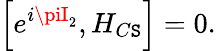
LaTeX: \left[e^{i\piI_{2}},H_{C\mathtt{S}}\right]=0.